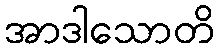
အာဒါသောတိ